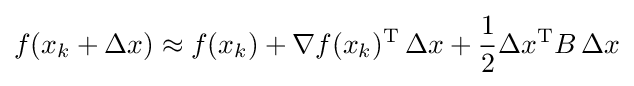
f(x_{k}+\Delta x)\approx f(x_{k})+\nabla f(x_{k})^{\mathrm {T} }\,\Delta x+{\frac {1}{2}}\Delta x^{\mathrm {T} }B\,\Delta x